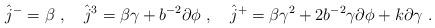
LaTeX: \begin{align*}\hat{j}^- = \beta ~, \quad \hat{j}^3 = \beta\gamma + b^{-2}\partial\phi ~, \quad \hat{j}^+ = \beta\gamma^2 + 2b^{-2}\gamma\partial\phi + k\partial\gamma ~.\end{align*}